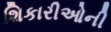
શિકારીઓની